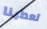
تعطينا